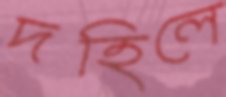
দহিলে